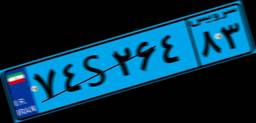
۴۲S۲۲۰۹۵